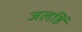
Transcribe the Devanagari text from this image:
जलहिं